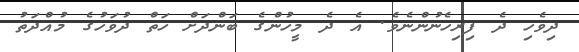
ދިވެހި ދެ ފިރިހެނުންނެވެ. އެ ދެ މީހުންގެ ބަންދަށް ހަތް ދުވަހުގެ މުއްދަތު